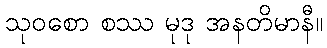
သုဝစော စဿ မုဒု အနတိမာနီ။